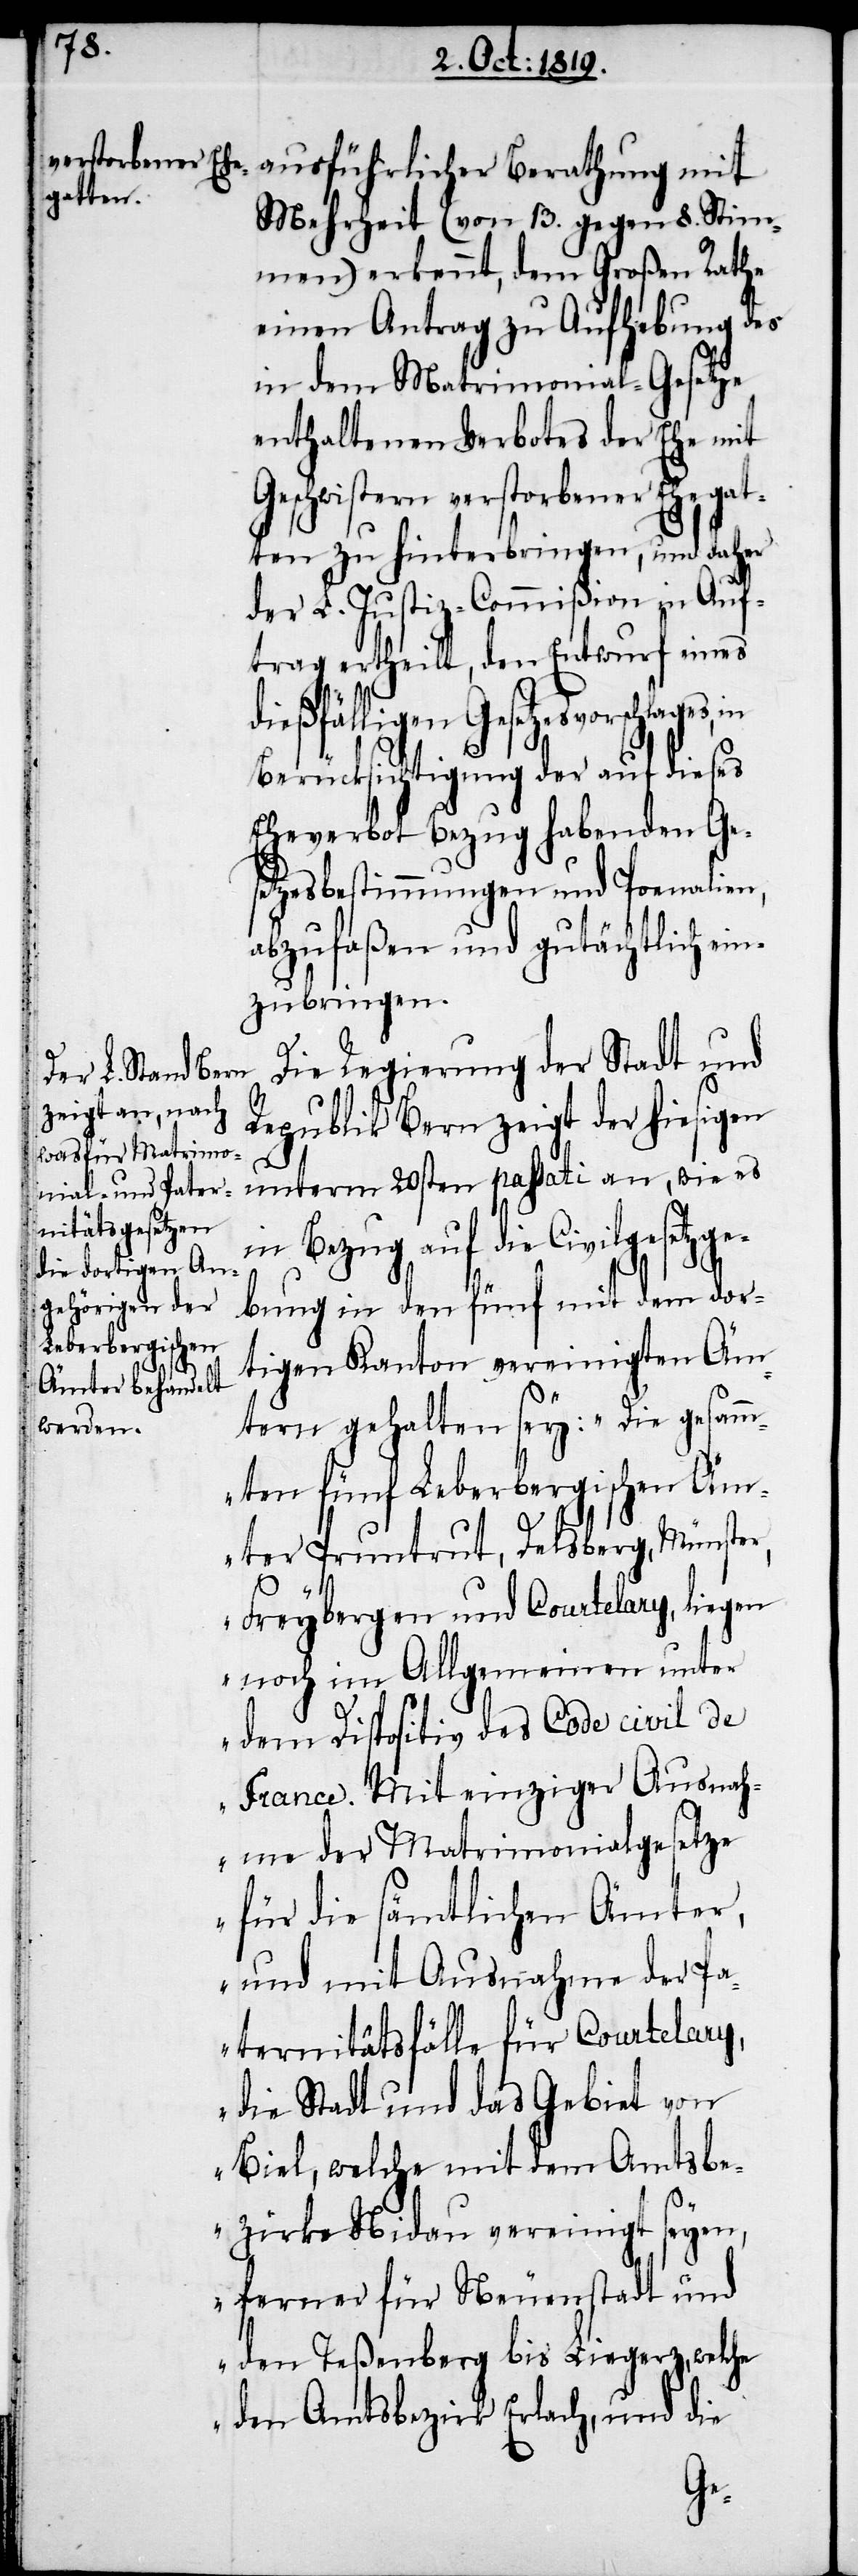
Mehrheit (von 13. gegen 8. Stim¬
men) erkennt, dem Großen Rathe
einen Antrag zu Aufhebung des
in dem Matrimonial-Gesetze
enthaltenen Verbotes der Ehe mit
Geschwistern verstorbener Ehegat¬
ten zu hinterbringen, und daher
der L. Justiz-Commißion in Auf¬
trag ertheilt, den Entwurf eines
dießfälligen Gesetzesvorschlages,
Berücksichtigung der auf dieses
Eheverbot Bezug habenden Ge¬
setzesbestimmungen und Poenalien,
abzufaßen und gutächtlich ein¬
zubringen.
Die Regierung der Stadt und
Republik Bern zeigt der hiesigen
unterm 20sten passati an, wie es
in Bezug auf die Civilgesetzge¬
bung in den fünf mit dem dor¬
tigen Kanton vereinigten Äm¬
tern gehalten sey: „Die gesamm¬
ten fünf Leberbergischen Äm¬
ter Pruntrut, Delsberg, Münster,
Freybergen und Courtelary, liegen
noch im Allgmeinen unter
dem Dispositiv des Code civil de
France. Mit einziger Ausnah¬
me der Matrimonialgesetze
für die sämtlichen Ämter,
und mit Ausnahme der Pa¬
ternitätsfälle für Courtelary,
die Sadt und das Gebiet von
Biel, welche mit dem Amtsbe¬
rzirke Nidau vereinigt seyen,
ferner für Neuenstadt und
den Teßenberg bis Liegerz, welche
den Amtsbezirk Erlach, und die